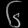
Digit: ၆